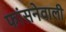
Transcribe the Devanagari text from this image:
फांसनेवाली